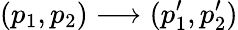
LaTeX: (p_{1},p_{2})\longrightarrow(p_{1}^{\prime},p_{2}^{\prime})